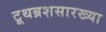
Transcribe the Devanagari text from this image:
टूथब्रशसारख्या